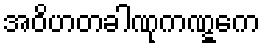
အဝိဟတခါဏုကဏ္ဋကေ